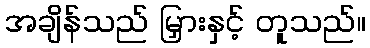
အချိန်သည် မြှားနှင့် တူသည်။